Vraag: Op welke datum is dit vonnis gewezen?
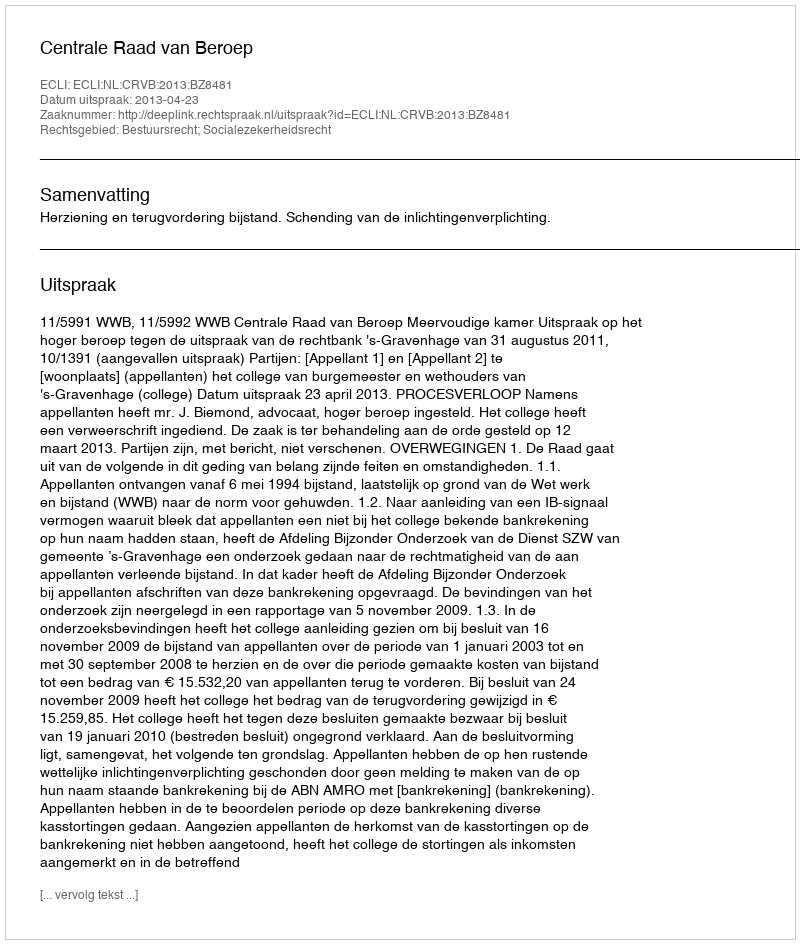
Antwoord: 2013-04-23